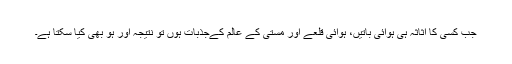
جب کسی کا اثاثہ ہی ہوائی باتیں، ہوائی قلعے اور مستی کے عالم کےجذبات ہوں تو نتیجہ اور ہو بھی کیا سکتا ہے۔